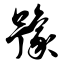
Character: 豫